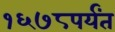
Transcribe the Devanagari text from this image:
१६७८पर्यंत